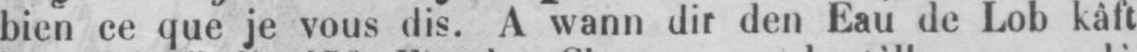
bien ce que je vous dis. A wann dir den Eau de Lob kâft